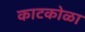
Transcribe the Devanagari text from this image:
काटकोळा